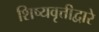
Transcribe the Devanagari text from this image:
शिष्यवृत्तीद्वारे